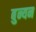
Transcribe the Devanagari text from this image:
बुन्यन